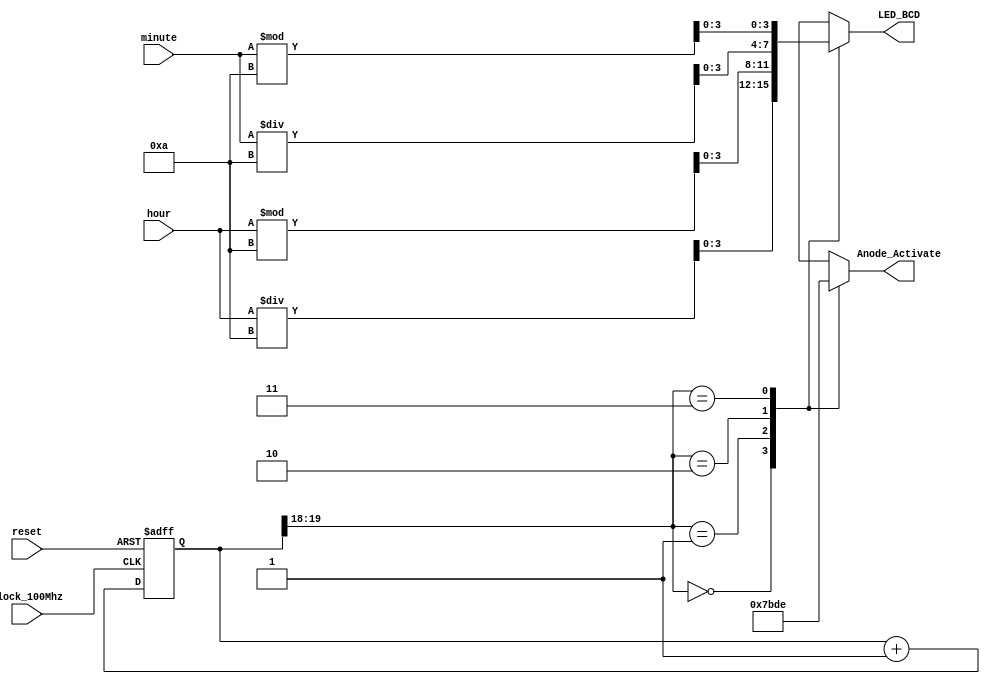
module alarmSetDisp(
    input clock_100Mhz,
    input reset,
    input [7:0]minute,
    input [7:0]hour,
    output reg [3:0] LED_BCD,
    output reg [3:0] Anode_Activate
    );
    reg [19:0] counter;
    wire [1:0] LED_activating; 
     
    always @(posedge clock_100Mhz or posedge reset)
        begin 
            if(reset == 1)
                counter <= 20'b00000000000000000000;
            else
                counter <= counter + 1;
        end 
    
    assign LED_activating = counter[19:18];
    
    always @(*)
    begin
        case(LED_activating)
        2'b00: begin
            Anode_Activate = 4'b0111; 
            LED_BCD = hour / 10;
              end
        2'b01: begin
            Anode_Activate = 4'b1011; 
            LED_BCD = hour % 10;
              end
        2'b10: begin
            Anode_Activate = 4'b1101; 
            LED_BCD = minute / 10;
                end
        2'b11: begin
            Anode_Activate = 4'b1110; 
            LED_BCD = minute % 10;
               end
        endcase
    end 
 endmodule